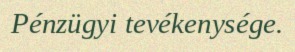
Pénzügyi tevékenysége.